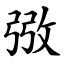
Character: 㢸